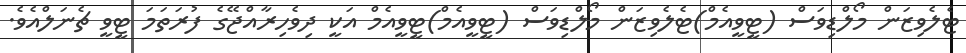
ޓެލެވިޒަން މޯލްޑިވަސް (ޓީވީއެމް)ޓެލެވިޒަން މޯލްޑިވަސް (ޓީވީއެމް)ޓީވީއެމް އަކީ ދިވެހިރާއްޖޭގެ ފުރަތަމަ ޓީވީ ޗެނަލްއެވެ.